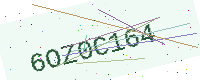
Text: 6OZ0C164